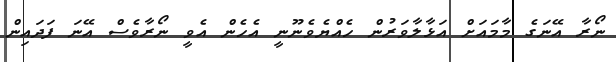
ނޯރާ އޭނަގެ މާމައަށް އަޅާލާވަރުން ހެއްޔެވެނޫނީ އެހެން އެވީ ނޯރާވެސް އޭނަ ފަދައިން